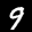
Label: 9